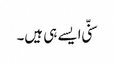
سنّی ایسے ہی ہیں۔